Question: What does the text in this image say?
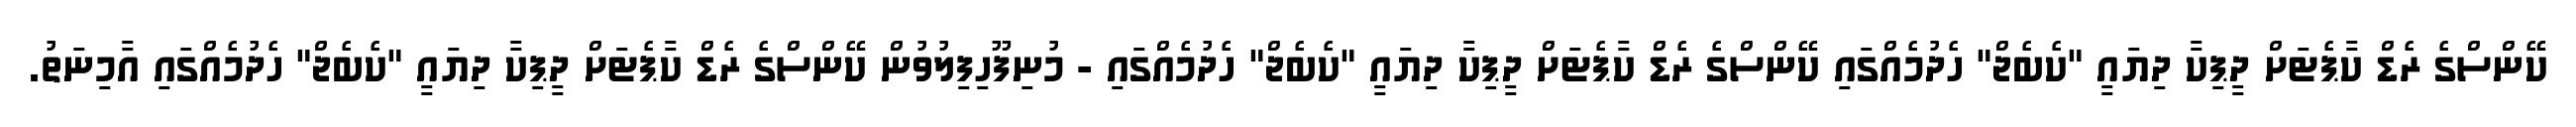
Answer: ކޭންސްގެ ރެޑް ކާޕެޓަށް ދީޕިކާ ދިޔައީ "ކެބެޖް" ހެދުމެއްގައި ކޭންސްގެ ރެޑް ކާޕެޓަށް ދީޕިކާ ދިޔައީ "ކެބެޖް" ހެދުމެއްގައި - މުނިފޫހިފިލުވުން ކޭންސްގެ ރެޑް ކާޕެޓަށް ދީޕިކާ ދިޔައީ "ކެބެޖް" ހެދުމެއްގައި އާމިނަތު.